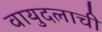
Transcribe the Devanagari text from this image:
वायुदलाची